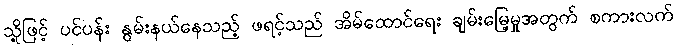
သို့ဖြင့် ပင်ပန်း နွမ်းနယ်နေသည့် ဖရင့်သည် အိမ်ထောင်ရေး ချမ်းမြေ့မှုအတွက် စကားလက်